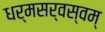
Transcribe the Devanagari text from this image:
धर्मसर्वस्वम्